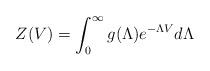
LaTeX: \begin{align*}Z(V) = \int_0^\infty g(\Lambda) e^{-\Lambda V} d\Lambda\end{align*}